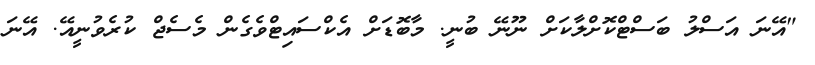
"އޭނަ އަސްލު ބަސްޓްކޮށްލާކަށް ނޫނޭ ބުނީ. މާބޮޑަށް އެކްސައިޓްވެގެން މެސެޖް ކުރެވުނީއޭ. އޭނަ